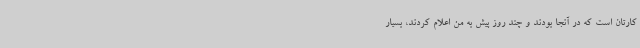
کارتان است که در آنجا بودند و چند روز پیش به من اعلام کردند، بسیار